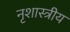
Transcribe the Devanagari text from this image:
नृशास्त्रीय